Lunatic asylums Madras 1892-1911 - 1892-1911
Year: 1892
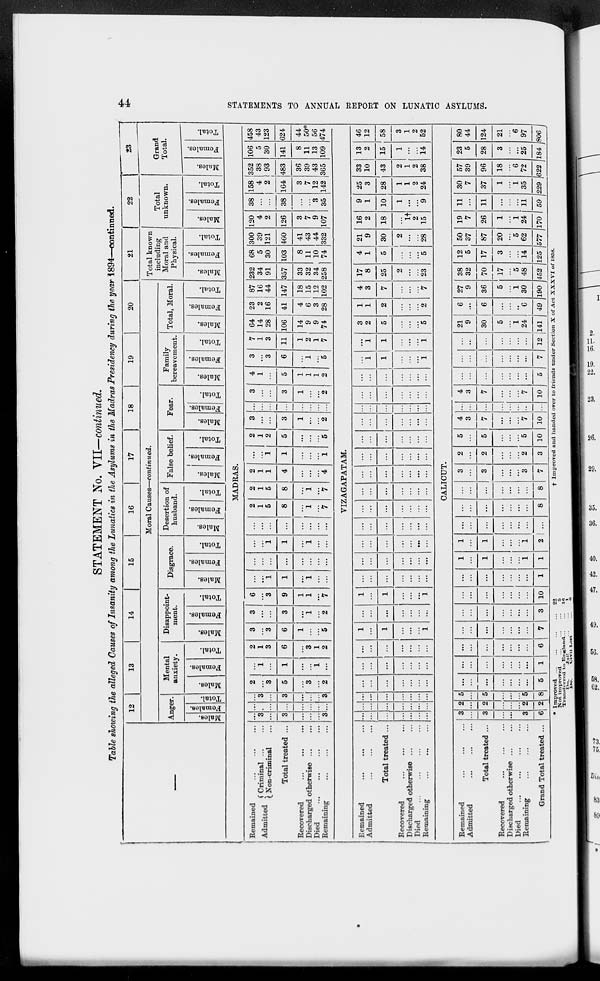
44
STATEMENTS TO ANNUAL REPORT ON LUNATIC ASYLUMS.
STATEMENT No. VII— continued.
Table showing the alleged Causes of Insanity among the Lunatics in the Asylums in the Madras Presidency during the year 1894—continued.
—
12
13
14
15
16
17
18
19
20
Moral Causes—continued.
Anger.
Males.
Females.
Total.
Mental
anxiety.
Males.
Females.
Total.
Disappoint-
ment.
Males.
Females.
Total.
Disgrace.
Males.
Females.
Total.
Desertion of
husband.
Males.
Females.
Total.
False belief.
Males.
Females.
Total.
Fear.
Males.
Females.
Total.
Family
bereavement.
Males.
Females.
Total.
Total, Moral.
Males.
Females.
Total.
21
Total known
including
Moral and
Physical.
Males.
Females.
Total.
22
Total
unknown.
Males.
Females.
Total.
23
Grand
Total.
Males.
Females.
Total.
MADRAS.
Remained ... ... ...
Admitted
Criminal ... ...
Non-criminal ...
Total treated ...
Recovered
...
...
...
Discharged otherwise ... ...
Died
...
...
...
...
Remaining ... ... ...
...
3
...
3
...
...
...
3
...
...
...
...
...
...
...
...
...
3
...
3
...
...
...
3
2
...
3
5
...
3
...
2
...
1
...
1
...
...
1
...
2
1
3
6
...
3
1
2
3
...
3
6
1
...
...
5
3
...
...
3
...
1
...
2
6
...
3
9
1
1
...
7
...
...
1
1
...
1
...
...
...
...
...
...
...
...
...
...
...
...
1
1
...
1
...
...
...
...
...
...
...
...
...
2
1
5
8
...
1
...
7
2
1
5
8
...
1
...
7
2
1
1
4
...
...
...
4
...
...
1
1
...
...
...
1
2
1
2
5
...
...
...
5
3
...
...
3
1
...
...
2
...
...
...
...
...
...
...
...
3
...
...
3
1
...
...
2
4 1
...
5
1
1
1
2
3
...
3
6
...
1
...
5
7
1
3
11
1
2
1
7
64
14
28
106
14
9
9
74
23
2
16
41
4
6
3
28
87
16
44
147
18
15
12
102
232
34
91
357
33
32
34
258
68
5
30
103
8
11
10
74
300
39
121
460
41
43
44
332
120
4
2
126
3
7
9
107
38
...
...
38
...
...
3
35
158
4
2
164
3
7
12
142
352
38
93
483
36
39
43
365
106
5
30
141
8
11
13
109
458
43
123
624
44
50*
56
474
VIZAGAPATAM.
Remained ... ... ...
Admitted
...
...
...
Total treated ...
Recovered ... ... ...
Discharged otherwise ... ...
Died
...
...
...
...
Remaining ... ... ...
...
...
...
...
...
...
...
...
...
...
...
...
...
...
...
...
...
...
...
...
...
...
...
...
...
...
...
...
...
...
...
...
...
...
...
...
...
...
...
...
...
...
1
...
1
...
...
...
1
...
...
...
...
...
...
...
1
...
1
...
...
...
1
...
...
...
...
...
...
...
...
...
...
...
...
...
...
...
...
...
...
...
...
...
...
...
...
...
...
...
...
...
...
...
...
...
...
...
...
...
...
...
...
...
...
...
...
...
...
...
...
...
...
...
...
...
...
...
...
...
...
...
...
...
...
...
...
...
...
...
...
...
...
...
...
...
...
...
...
...
...
...
...
...
...
...
...
...
...
...
...
...
...
...
...
1
1
...
...
...
1
...
1
1
...
...
...
1
3
2
5
...
...
...
5
1
1
2
...
...
...
2
4
3
7
...
...
...
7
17
8
25
2
...
...
23
4
1
5
...
...
...
5
21
9
30
2
...
28
16
2
18
...
1†
2
15
9
1
10
1
...
...
9
25
3
28
1
1
2
24
33
10
43
2
1
2
38
13
2
15
1
...
...
14
46
12
58
3
1
2
52
CALICUT.
Remained ... ... ...
Admitted
...
...
...
Total treated ...
Recovered ... ... ...
Discharged otherwise ... ...
Died
...
...
...
...
Remaining ... ... ...
Grand Total treated ...
3
...
3
...
...
...
3
6
2
...
2
...
...
...
2
2
5
...
5
...
...
...
5
8
...
...
...
...
...
...
...
5
...
...
...
...
...
...
...
1
...
...
...
...
...
...
...
6
...
...
...
...
...
...
...
7
...
...
...
...
...
...
...
3
...
...
...
...
...
...
...
10
...
...
...
...
...
...
...
1
1
...
1
...
...
...
1
1
1
...
1
...
...
...
1
2
...
...
...
...
...
...
...
...
...
...
...
...
...
...
...
8
...
...
...
...
...
...
...
8
3
...
3
...
...
...
3
7
2
...
2
...
...
...
2
3
5
...
5
...
...
...
5
10
4
3
7
...
...
...
7
10
...
...
...
...
...
...
...
...
4
3
7
...
...
...
7
10
...
...
...
...
...
...
...
5
...
...
...
...
...
...
...
7
...
...
...
...
...
...
...
12
21
9
30
5
...
1
24
141
6
...
6
...
...
...
6
49
27
9
36
5
...
1
30
190
38
32
70
17
...
5
48
452
12
5
17
3
...
...
14
125
50
37
87
20
...
5
62
577
19
7
26
1
...
1
24
170
11
...
11
...
...
...
11
59
30
7
37
1
...
1
35
229
57
39
96
18
...
6
72
622
23
5
28
3
...
...
25
184
80
44
124
21
...
6
97
806
* Improved
...
...
...
...
Not improved. ... ... ...
Transferred to England ... ...
Do.
Jail.
...
...
Do.
Civil list ...
22
5
16
1
6
† Improved and handed over to friends under Section X of Act XXXVI of 1858.